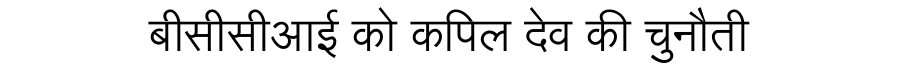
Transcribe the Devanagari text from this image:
बीसीसीआई को कपिल देव की चुनौती